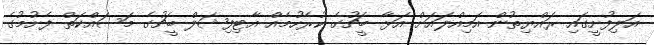
އަލިފުށީގައި ރައްޔިތުން އަމިއްލައަށް އަޅާ ބީޗުގެ ކުރެހުމެއް އާޓިފިޝަލް ބީޗުގެ މަސައްކަތް ފެށުމުގެ